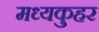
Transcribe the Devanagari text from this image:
मध्यकुहर